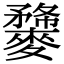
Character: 𪍫